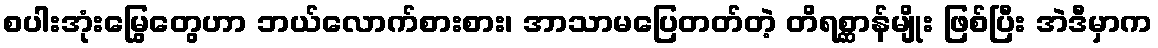
စပါးအုံးမြွေတွေဟာ ဘယ်လောက်စားစား၊ အာသာမပြေတတ်တဲ့ တိရစ္ဆာန်မျိုး ဖြစ်ပြီး အဲဒီမှာက